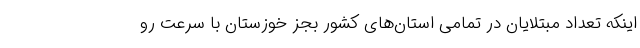
اینکه تعداد مبتلایان در تمامی استان‌های کشور بجز خوزستان با سرعت رو